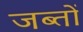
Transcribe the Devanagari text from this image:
जब्तों